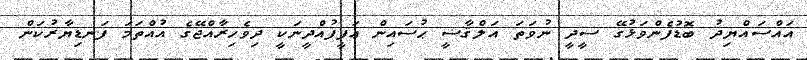
އައްސައްޔިދު ބޮޑުފެންވަޅުގޭ ސީދީ ނުވަތަ އަލްޤާޟީ ޙުސައިން ޢަފީފުއްދީނަކީ ދިވެހިރާއްޖޭގެ އުއްތަމަ ފަނޑިޔާރުކަން